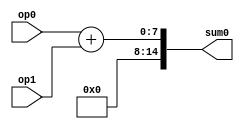

module top_unsigned(input [6:0] op0, input [6:0] op1, output [14:0] sum0);
    assign sum0     = op0 + op1;
endmodule

module top_signed(input signed [6:0] op0, input signed [6:0] op1, output signed [14:0] sum0);
    assign sum0     = op0 + op1;
endmodule